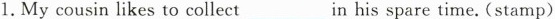
1.My cousin likes to collect____ in his spare time. (stamp)